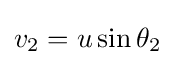
v_{2}=u\sin \theta _{2}